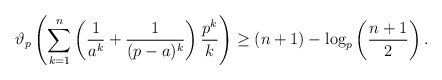
\begin{align*}\vartheta_p\left(\sum_{k = 1}^{n}\left(\frac{1}{a^k} + \frac{1}{(p - a)^k}\right) \frac{p^k}{k}\right) \geq (n + 1) - \log_p\left(\frac{n + 1}{2}\right) .\end{align*}